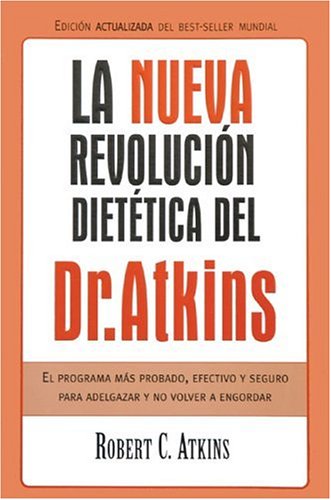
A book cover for La nueva revolucion dietetica: El programa mas probado, efectivo y seguro (Dinamica); Dr. Robert C. Atkins; Health, Fitness & Dieting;